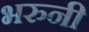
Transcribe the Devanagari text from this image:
भरुनी